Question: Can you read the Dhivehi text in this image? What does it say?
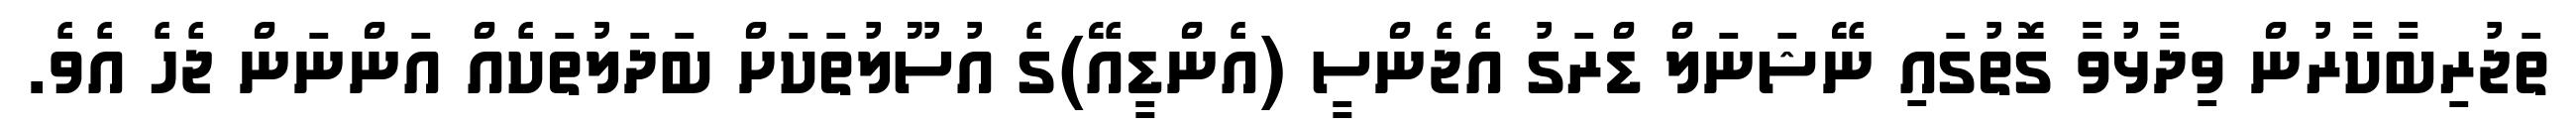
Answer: ތަޖުރިބާކާރުން ވިދާޅުވާ ގޮތުގައި ނޭޝަނަލް ޑްރަގު އެޖެންސީ (އެންޑީއޭ)ގެ އުސޫލުތަކަށް ބަދަލުތަކެއް އަންނަން ޖެހެ އެވެ.